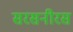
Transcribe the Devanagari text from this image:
सरसनीरस